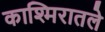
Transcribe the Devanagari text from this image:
काश्मिरातले